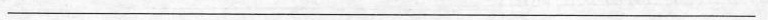
________________________